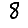
Digit: 8